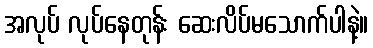
အလုပ် လုပ်နေတုန်း ဆေးလိပ်မသောက်ပါနဲ့။